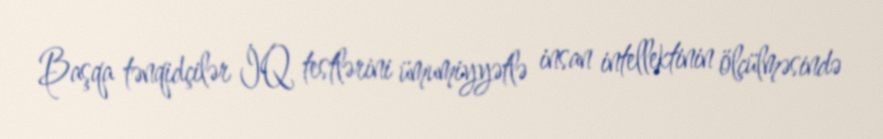
Başqa tənqidçilər İQ testlərini ümumiyyətlə insan intellektinin ölçülməsində